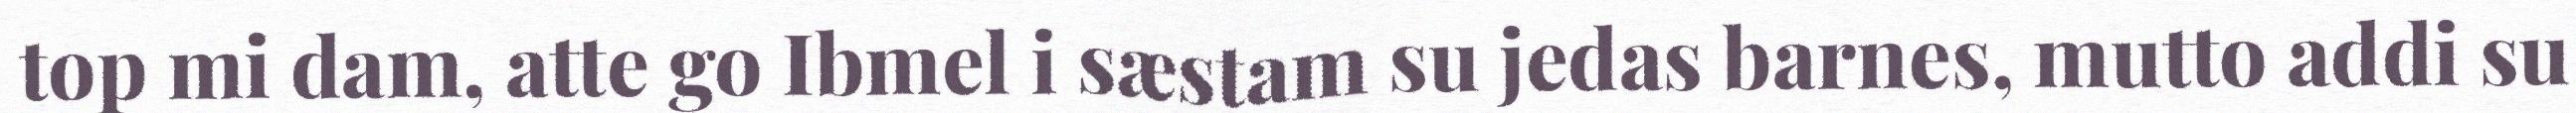
top mi dam, atte go Ibmel i sæstam su jedas barnes, mutto addi su